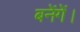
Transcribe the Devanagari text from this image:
बनेंगें।